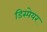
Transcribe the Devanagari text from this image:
डिस्पेयर